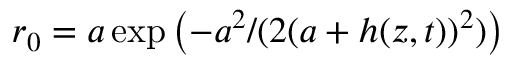
r _ { 0 } = a \exp \left( - a ^ { 2 } / ( 2 ( a + h ( z , t ) ) ^ { 2 } ) \right)